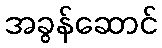
အခွန်ဆောင်